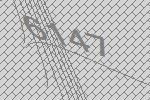
6147